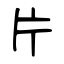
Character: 片